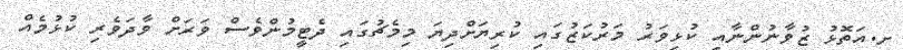
ށ.އަތޮޅު ޒުވާނުންނާއި ކުޅިވަރު މަރުކަޒުގައި ކުރިޔަށްދިޔަ މިމެޗުގައި ދެޓީމުންވެސް ވަރަށް ވާދަވެރި ކުޅުމެއް